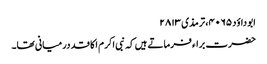
ابو داؤد ۴۰۶۵، ترمذی ۲۸۱۳
حضرت براء فرماتے ہیں کہ نبی اکرم ا کا قد درمیانی تھا۔